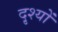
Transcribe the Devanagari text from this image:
दृ्श्यों